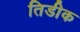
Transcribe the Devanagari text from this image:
तिडीक